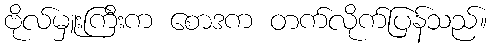
ဗိုလ်မှူးကြီးက စောဒက တက်လိုက်ပြန်သည်။